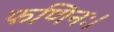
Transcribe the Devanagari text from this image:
फणिनः।